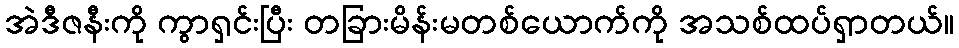
အဲဒီဇနီးကို ကွာရှင်းပြီး တခြားမိန်းမတစ်ယောက်ကို အသစ်ထပ်ရှာတယ်။